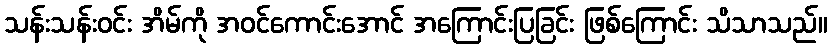
သန်းသန်းဝင်း အိမ်ကို အဝင်ကောင်းအောင် အကြောင်းပြခြင်း ဖြစ်ကြောင်း သိသာသည်။